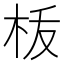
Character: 𣐪